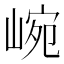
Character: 𡸥